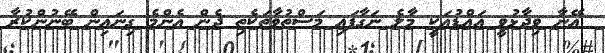
އޭނާ ވިދާޅުވީ އައްޑުއަކީ މާލެ ނަގާފައި މަސްތުވާތަކެތި ދެން އެންމެ ގިނައިން ބޭނުންކުރާ